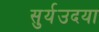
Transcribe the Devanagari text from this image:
सुर्यउदया